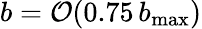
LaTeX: b=\mathcal{O}(0.75\, b_{\mathrm{max}})